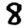
Digit: 8